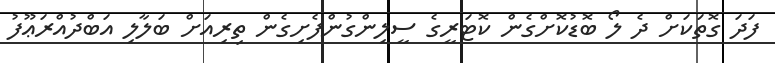
ފަދަ ގޮތަކަށް ދެ ލޯ ބޮޑުކޮށްގެން ކޮޓަރީގެ ސީލިންގުންފެށިގެން ތިރިއަށް ބަލާލި އަބްދުއްރަޢޫފު